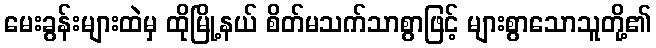
မေးခွန်းများထဲမှ ထိုမြို့နယ် စိတ်မသက်သာစွာဖြင့် များစွာသောသူတို့၏